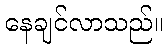
နေချင်လာသည်။